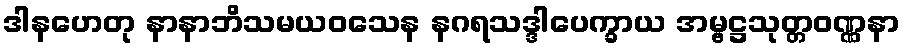
ဒါနဟေတု နာနာဘိသမယဝသေန နဂရသဒ္ဒါပေက္ခာယ အမ္ဗဋ္ဌသုတ္တဝဏ္ဏနာ